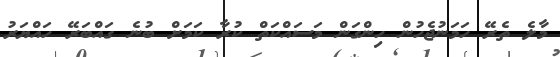
މާލެ ތެރޭ ހަމަނުޖެހުން ހިންގަން މަސައްކަތް ކުރާ ކަމަށް ބުނެ ގައްބަރޭ ހައްޔަރު